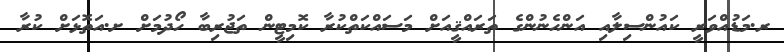
ރ.މަޑުއްވަރީ ކައުންސިލާއި އަންހެނުންގެ ތަރައްޤީއަށް މަސައްކަތްކުރާ ކޮމިޓީން ތަޖުރިބާ ހޯދުމަށް ށ.އަތޮޅަށް ކުރާ